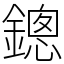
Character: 鏓